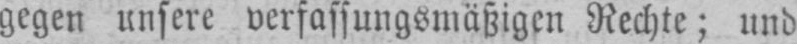
gegen unsere verfassungsmäßigen Rechte; und